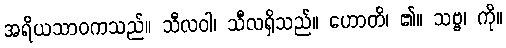
အရိယသာဝကသည်။ သီလဝါ၊ သီလရှိသည်။ ဟောတိ၊ ၏။ သဗ္ဗ၊ ကို။